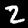
Label: 2